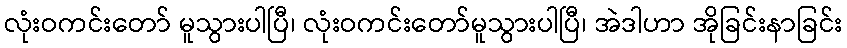
လုံးဝကင်းတော် မူသွားပါပြီ၊ လုံးဝကင်းတော်မူသွားပါပြီ၊ အဲဒါဟာ အိုခြင်းနာခြင်း